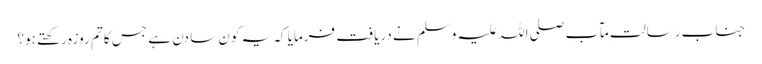
جناب رسالت ِمآب صلی اللہ علیہ وسلم نے دریافت فرمایا کہ یہ کون سا دن ہے جس کا تم روزہ رکھتے ہو؟